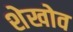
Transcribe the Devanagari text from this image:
शेखोव